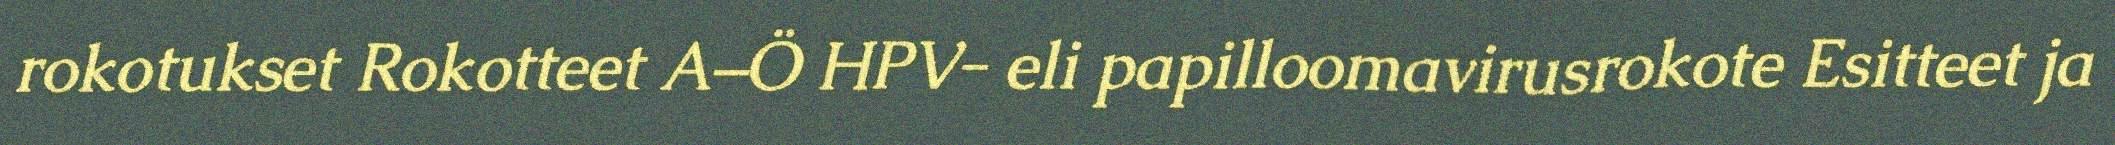
rokotukset Rokotteet A–Ö HPV- eli papilloomavirusrokote Esitteet ja